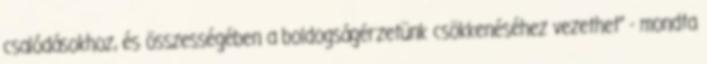
csalódásokhoz, és összességében a boldogságérzetünk csökkenéséhez vezethet" - mondta